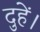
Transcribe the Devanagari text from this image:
दुहें।